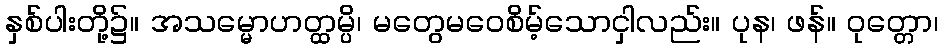
နှစ်ပါးတို့၌။ အသမ္မောဟတ္ထမ္ပိ၊ မတွေမဝေစိမ့်သောငှါလည်း။ ပုန၊ ဖန်။ ဝုတ္တော၊